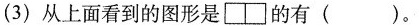
(3)从上面看到的图形是的有()。